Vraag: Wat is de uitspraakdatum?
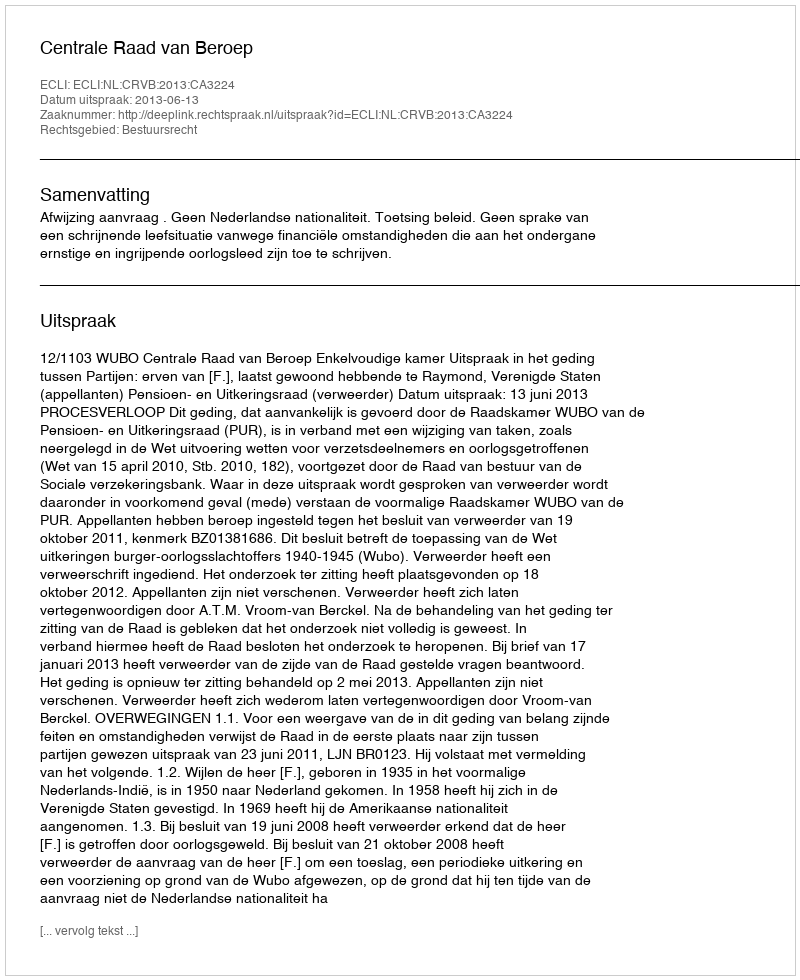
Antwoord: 2013-06-13